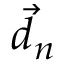
\vec { d } _ { n }